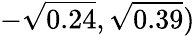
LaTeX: -\sqrt{0.24},\sqrt{0.39})